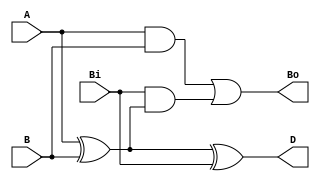
module st_fs(Bo, D, A, B, Bi);

    output Bo, D;

    input A, B, Bi;

    wire w1, w2, w3;


    // COLOANA 1
    xor(D, A, B, Bi);

    xor(w1, A, B);

    and(w2, A, B);

    // COLOANA 2
    and(w3, Bi, w1);

    // COLOANA 3 

    or(Bo, w2, w3);

endmodule 

module st_fs_tb();

reg a, b, Bi;
wire Bo, D;

initial begin


$dumpfile("st_fs");
$dumpvars;

a = 0; b = 0; Bi = 0;

#5 Bi = 1;
#5 b = 1;
#5 Bi = 0;
#5 a = 1;
#5 b = 0;
#5 Bi = 1;
#5 b = 1;
#5 $finish;

end 

st_fs st_fs_1(Bo, D, a, b, Bi);


endmodule